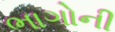
ભાગોની